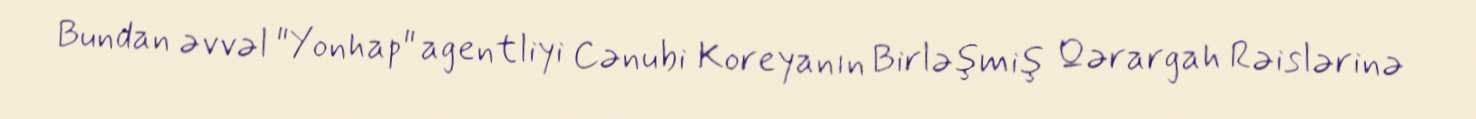
Bundan əvvəl "Yonhap" agentliyi Cənubi Koreyanın Birləşmiş Qərargah Rəislərinə